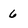
Character: 6